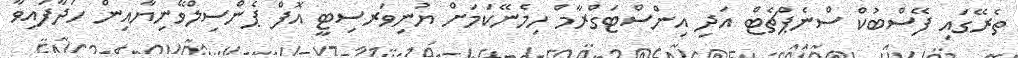
ތެރޭގައި ފޭސްބުކް ސްނެޕްޗެޓް އަދި އިންސްޓަގްރާމް ހިމެނޭކަމަށް ޔުނިވަރސިޓީ އޮފް ޕެންސިލްވޭނިޔާއިން ހަދާފައިވާ